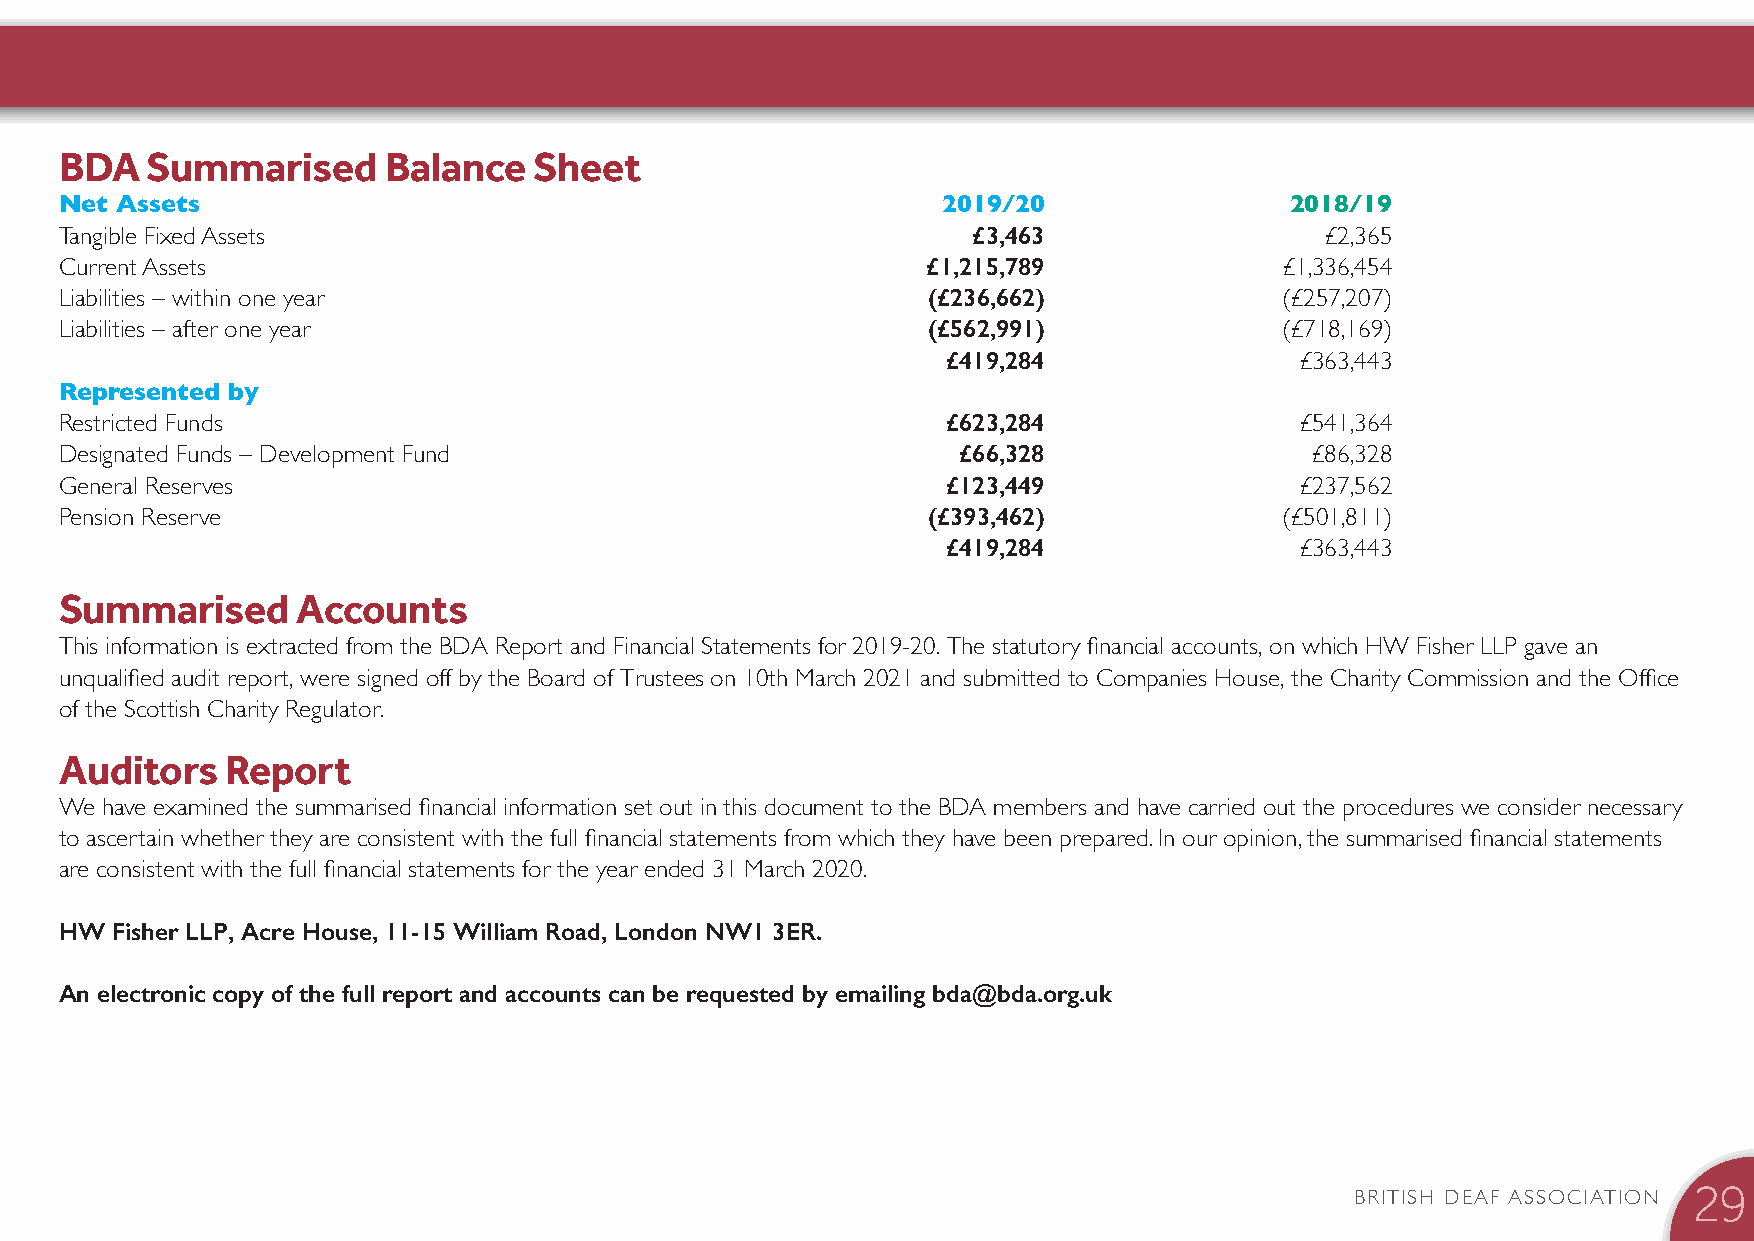
BDA   Summarised     Balance   Sheet
 Net Assets                                                2019/20                2018/19
 Tangible Fixed Assets                                       £3,463                  £2,365
 Current Assets                                           £1,215,789              £1,336,454
 Liabilities – within one year                            (£236,662)              (£257,207)
 Liabilities – after one year                             (£562,991)              (£718,169)
 £419,284               £363,443
 Represented by
 Restricted Funds                                           £623,284               £541,364
 Designated Funds – Development Fund                        £66,328                 £86,328
 General Reserves                                           £123,449               £237,562
 Pension Reserve                                          (£393,462)              (£501,811)
 £419,284               £363,443
 Summarised      Accounts
 This information is extracted from the BDA Report and Financial Statements for 2019-20. The statutory financial accounts, on which HW Fisher LLP gave an
 unqualified audit report, were signed off by the Board of Trustees on 10th March 2021 and submitted to Companies House, the Charity Commission and the Office
 of the Scottish Charity Regulator.
 Auditors   Report
 We have examined the summarised financial information set out in this document to the BDA members and have carried out the procedures we consider necessary
 to ascertain whether they are consistent with the full financial statements from which they have been prepared. In our opinion, the summarised financial statements
 are consistent with the full financial statements for the year ended 31 March 2020.
 HW Fisher LLP, Acre House, 11-15 William Road, London NW1 3ER.
 An electronic copy of the full report and accounts can be requested by emailing bda@bda.org.uk
 BRITISH DEAF ASSOCIATION
 29